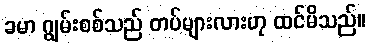
ခမာ ဂျွမ်းစစ်သည် တပ်များလားဟု ထင်မိသည်။